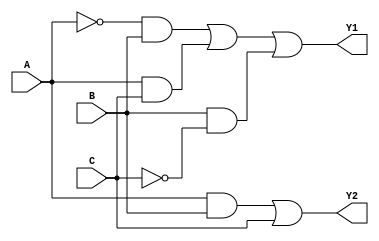
module comb_logic_block (
    input wire A,       // Input A
    input wire B,       // Input B
    input wire C,       // Input C
    output wire Y1,     // Output Y1
    output wire Y2      // Output Y2
);

// Minimized Boolean expressions
// Assume Y1 = A'B + AC + BC' (SOP form)
// Assume Y2 = AB + C (SOP form)

// Intermediate signals for minimization
wire notA, notB, notC;
wire term1, term2, term3;
wire term4;

// NOT gates
not U1 (notA, A);
not U2 (notB, B);
not U3 (notC, C);

// AND gates for Y1
and U4 (term1, notA, B);    // A'B
and U5 (term2, A, C);       // AC
and U6 (term3, B, notC);    // BC'

// OR gate for Y1
or U7 (Y1, term1, term2, term3);

// AND gates for Y2
and U8 (term4, A, B);       // AB

// OR gate for Y2
or U9 (Y2, term4, C);       // AB + C

endmodule